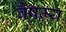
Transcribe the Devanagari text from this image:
वैषम्र्य